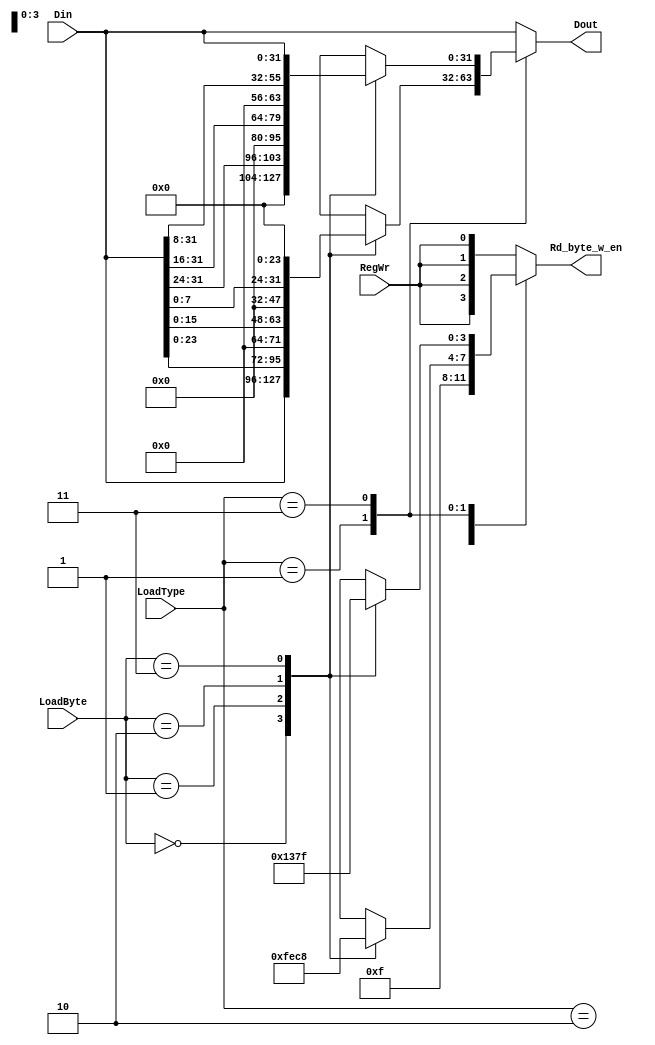
module LoadProcess (
	input RegWr,
	input [31:0] Din,
	input [1:0] LoadType, LoadByte,
	output reg [31:0] Dout,
	output reg [3:0] Rd_byte_w_en
);

	always @ (*)
	begin
		case(LoadType)
		2'b10: begin Dout = Din; Rd_byte_w_en = 4'b1111; end
		2'b01: 
		begin
			case(LoadByte)
			2'b00: begin Dout = Din; Rd_byte_w_en = 4'b1111; end
			2'b01: begin Dout = Din << 8; Rd_byte_w_en = 4'b1110; end
			2'b10: begin Dout = Din << 16; Rd_byte_w_en = 4'b1100; end
			2'b11: begin Dout = Din << 24; Rd_byte_w_en = 4'b1000; end
			endcase
		end
		2'b11:
		begin
			case(LoadByte)
			2'b00: begin Dout = Din >> 24; Rd_byte_w_en = 4'b0001; end
			2'b01: begin Dout = Din >> 16; Rd_byte_w_en = 4'b0011; end
			2'b10: begin Dout = Din >> 8; Rd_byte_w_en = 4'b0111; end
			2'b11: begin Dout = Din; Rd_byte_w_en = 4'b1111; end
			endcase
		end
		default: begin Dout = Din; Rd_byte_w_en = {4{RegWr}}; end
		endcase
	end
endmodule